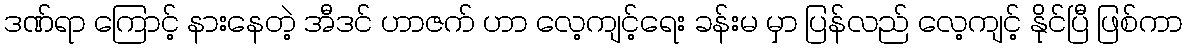
ဒဏ်ရာ ကြောင့် နားနေတဲ့ အီဒင် ဟာဇက် ဟာ လေ့ကျင့်ရေး ခန်းမ မှာ ပြန်လည် လေ့ကျင့် နိုင်ပြီ ဖြစ်ကာ